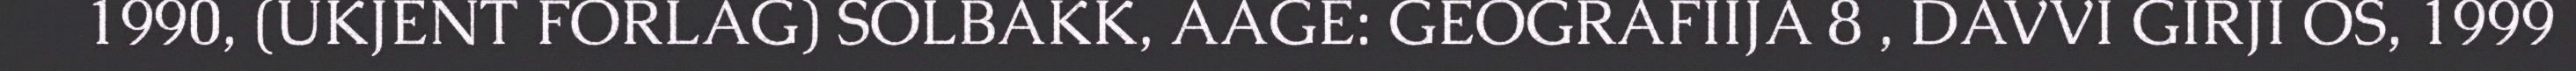
1990, (UKJENT FORLAG) SOLBAKK, AAGE: GEOGRAFIIJA 8 , DAVVI GIRJI OS, 1999